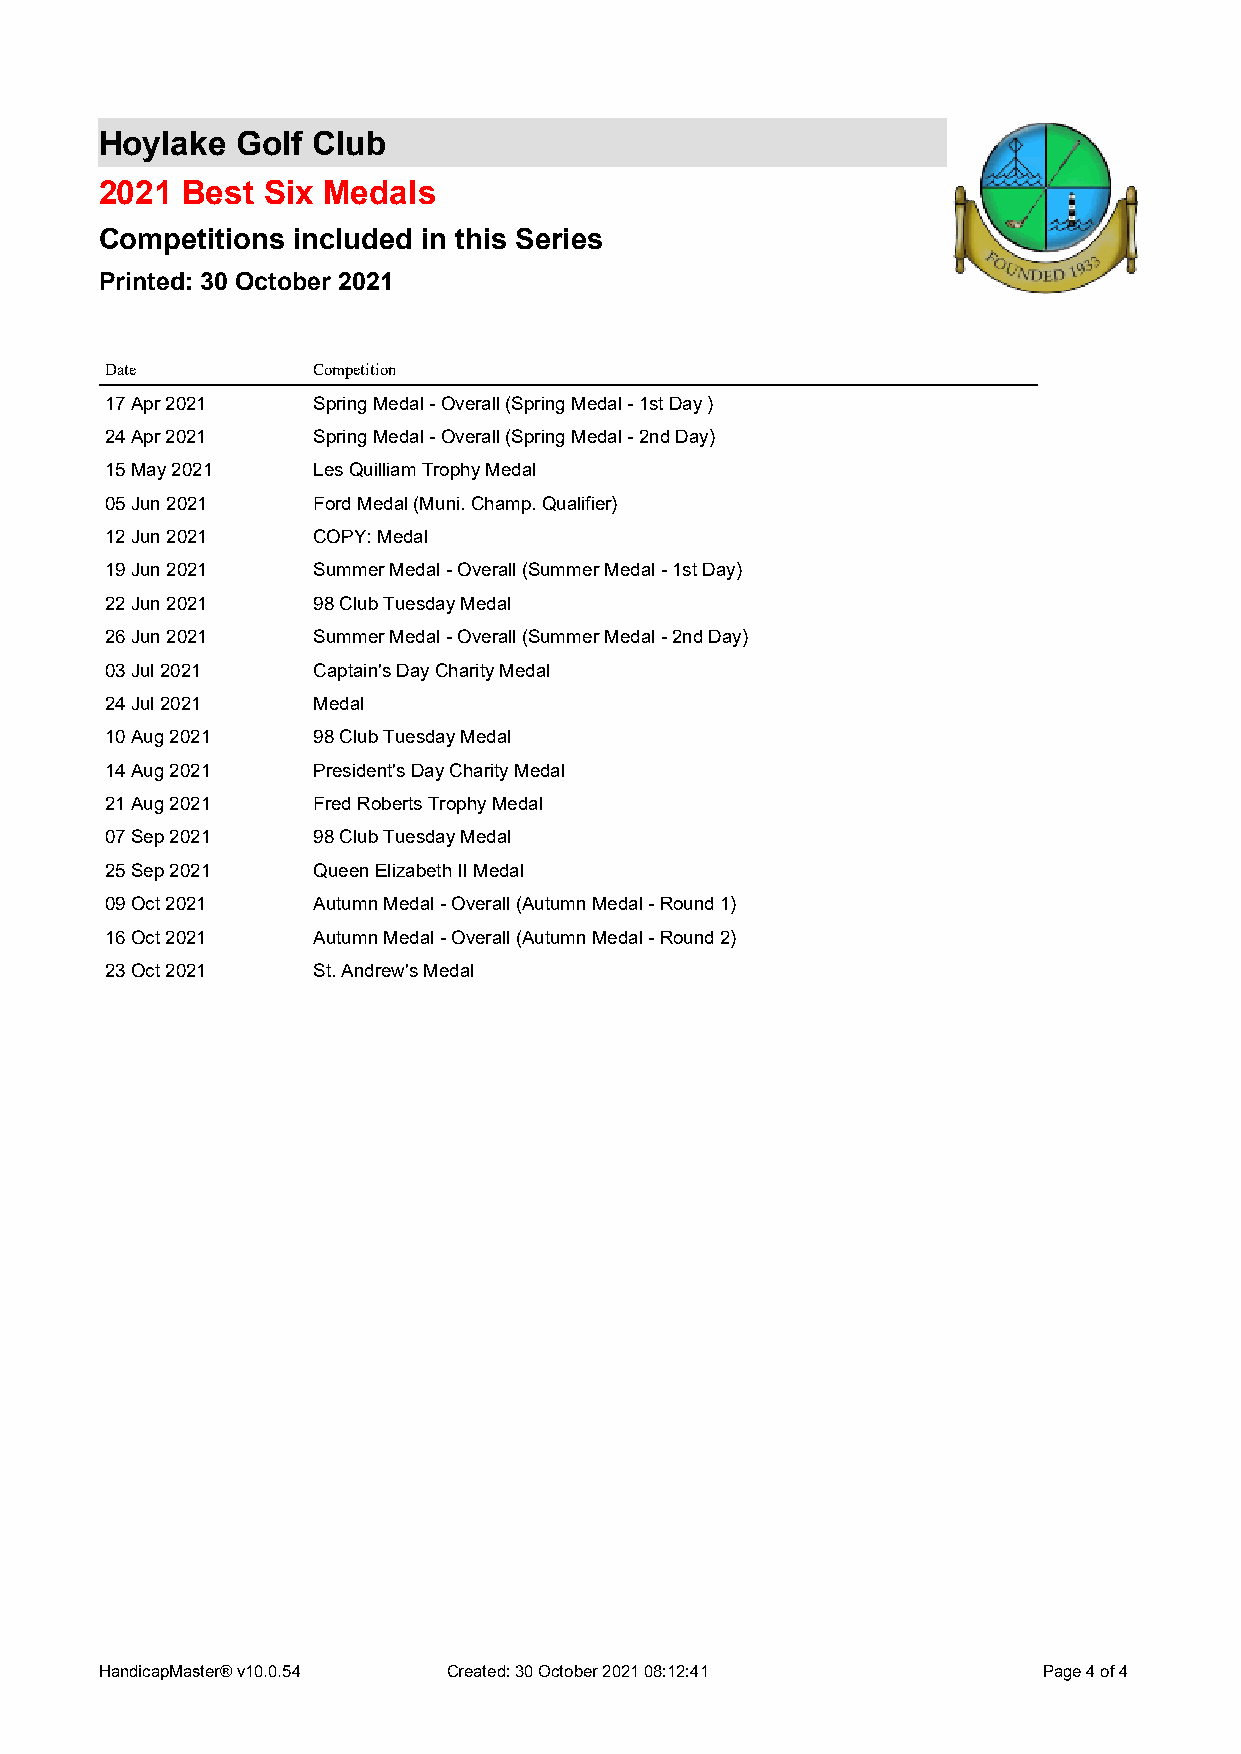
Hoylake  Golf Club
 2021 Best Six Medals
 Competitions included in this Series
 Printed: 30 October 2021
 Date          Competition
 17Apr2021     SpringMedal-Overall(SpringMedal-1stDay)
 24Apr2021     SpringMedal-Overall(SpringMedal-2ndDay)
 15May2021     LesQuilliamTrophyMedal
 05Jun2021     FordMedal(Muni.Champ.Qualifier)
 12Jun2021     COPY:Medal
 19Jun2021     SummerMedal-Overall(SummerMedal-1stDay)
 22Jun2021     98ClubTuesdayMedal
 26Jun2021     SummerMedal-Overall(SummerMedal-2ndDay)
 03Jul2021     Captain'sDayCharityMedal
 24Jul2021     Medal
 10Aug2021     98ClubTuesdayMedal
 14Aug2021     President'sDayCharityMedal
 21Aug2021     FredRobertsTrophyMedal
 07Sep2021     98ClubTuesdayMedal
 25Sep2021     QueenElizabethIIMedal
 09Oct2021     AutumnMedal-Overall(AutumnMedal-Round1)
 16Oct2021     AutumnMedal-Overall(AutumnMedal-Round2)
 23Oct2021     St.Andrew'sMedal
 HandicapMaster®v10.0.54 Created:30October202108:12:41         Page4of4